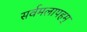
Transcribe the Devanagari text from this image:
सर्वमलापहम्